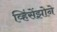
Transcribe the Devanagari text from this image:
व्हिंसेंझोने